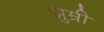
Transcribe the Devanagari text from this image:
झुम्री